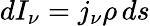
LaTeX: dI_{\nu}=j_{\nu}\rho\, ds